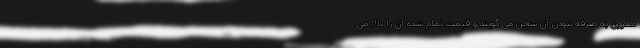
مقرون به صرفه نبودن آن سخن می گویند و قیمت تمام شده آن را بالا می